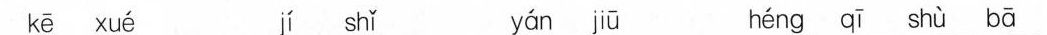
kē xué jí shǐ yán jiū héng qī shù bā